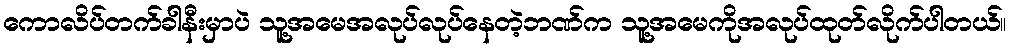
ကောလိပ်တက်ခါနီးမှာပဲ သူ့အမေအလုပ်လုပ်နေတဲ့ဘဏ်က သူ့အမေကိုအလုပ်ထုတ်လိုက်ပါတယ်။